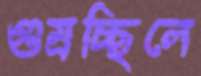
গুম্‌রচ্ছিলে